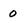
Character: 0